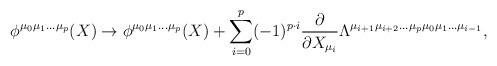
LaTeX: \begin{align*}\phi^{\mu_{0}\mu_{1}\ldots\mu_{p}}(X)\rightarrow\phi^{\mu_{0}\mu_{1}\ldots\mu_{p}}(X)+ \sum_{i=0}^{p}(-1)^{p\cdot i}\frac{\partial}{\partial X_{\mu_{i}}}\Lambda^{\mu_{i+1}\mu_{i+2}\ldots\mu_{p}\mu_{0}\mu_{1}\ldots\mu_{i-1}}, \end{align*}